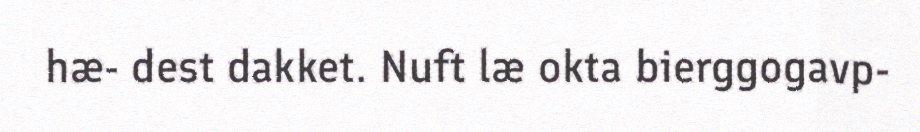
hæ- dest dakket. Nuft læ okta bierggogavp-